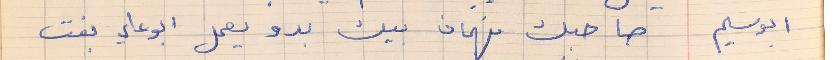
ابوسليم     صاحبك فهمان بيك بدو يعمل ابوعلي بفت